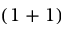
( 1 + 1 )